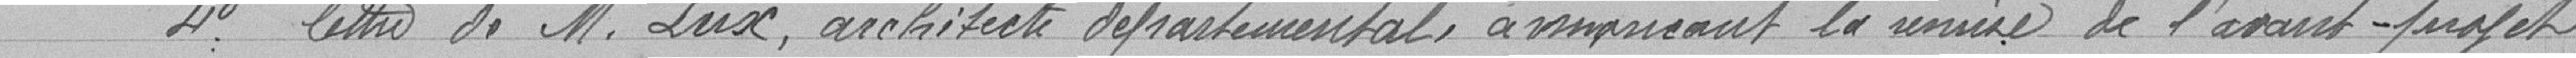
4° Lettre de M. Lux, architecte départemental annonçant la remise de l'avant-projet